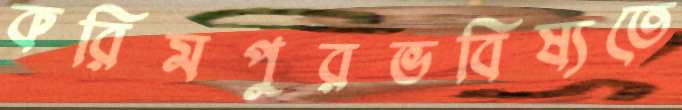
করিমপুরভবিষ্যতে